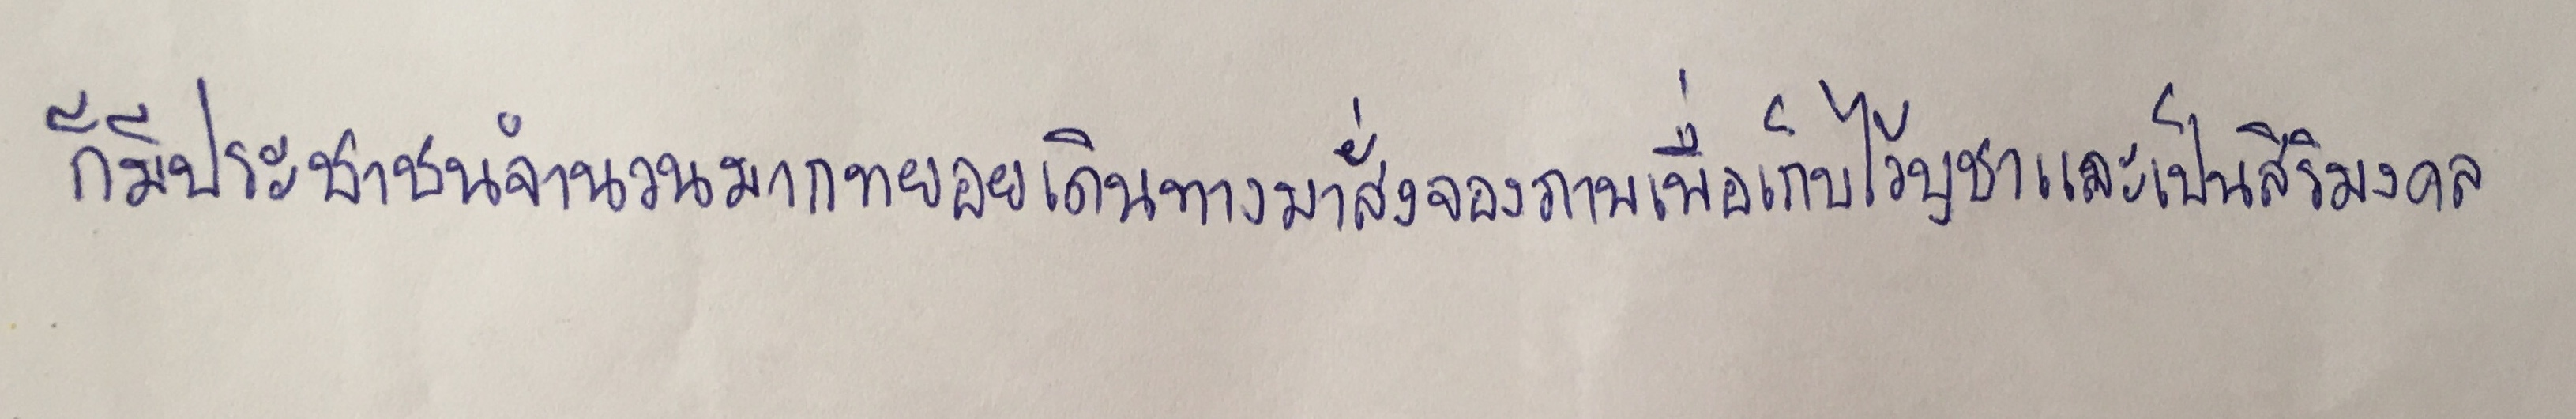
ก็มีประชาชนจำนวนมากทยอยเดินทางมาสั่งจองภาพเพื่อเก็บไว้บูชาและเป็นสิริมงคล